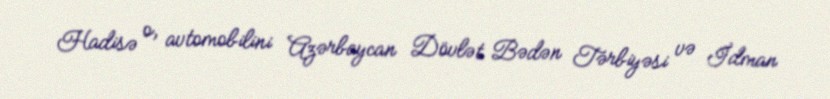
Hadisə o, avtomobilini Azərbaycan Dövlət Bədən Tərbiyəsi və İdman